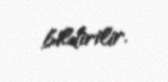
bildirilir.